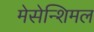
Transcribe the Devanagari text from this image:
मेसेन्शिमल